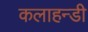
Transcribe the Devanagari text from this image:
कलाहन्डी